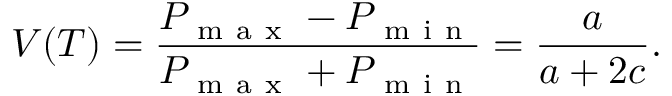
V ( T ) = \frac { P _ { \mathrm { ~ m ~ a ~ x ~ } } - P _ { \mathrm { ~ m ~ i ~ n ~ } } } { P _ { \mathrm { ~ m ~ a ~ x ~ } } + P _ { \mathrm { ~ m ~ i ~ n ~ } } } = \frac { a } { a + 2 c } .